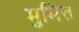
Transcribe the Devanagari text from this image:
मुमित्त